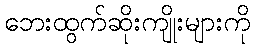
ဘေးထွက်ဆိုးကျိုးများကို